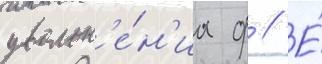
увольн'е́н'иа ф // Е́